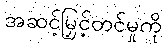
အဆင့်မြှင့်တင်မှုကို